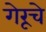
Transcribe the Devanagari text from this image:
गेरूचे